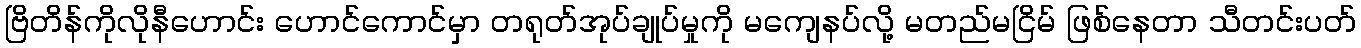
ဗြိတိန်ကိုလိုနီဟောင်း ဟောင်ကောင်မှာ တရုတ်အုပ်ချုပ်မှုကို မကျေနပ်လို့ မတည်မငြိမ် ဖြစ်နေတာ သီတင်းပတ်